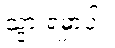
သွားရမှာပါ။